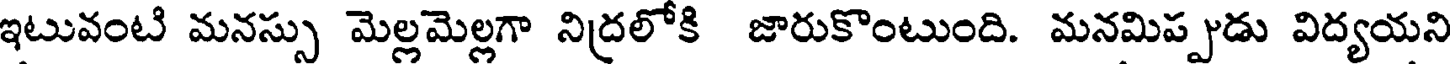
ఇటువంటి మనస్సు మెల్లమెల్లగా నిద్రలోకి జారుకొంటుంది. మనమిప్పుడు విద్యయని